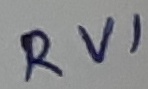
Text: RV1